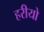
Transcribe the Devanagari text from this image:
हरीयो